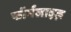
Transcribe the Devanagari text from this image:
फॉर्मलाइज़